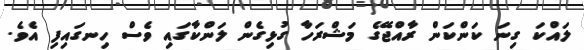
ލައްކަ ގިނަ ކަންކަން ރާއްޖޭގެ މަޝްރަހާ ގުޅިގެން ލަންކާގައި ވެސް ހިނގައިފި އެވެ.